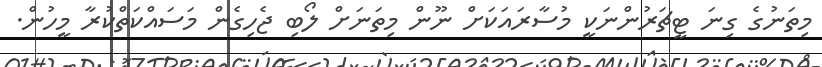
މިތަނުގެ ގިނަ ޓީޗަރުންނަކީ މުސާރައަކަށް ނޫން މިތަނަށް ލޯބި ޖެހިގެން މަސައްކަތްކުރާ މީހުން.